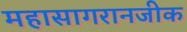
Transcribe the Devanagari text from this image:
महासागरानजीक